Annual report on the lock hospitals of the Madras Presidency
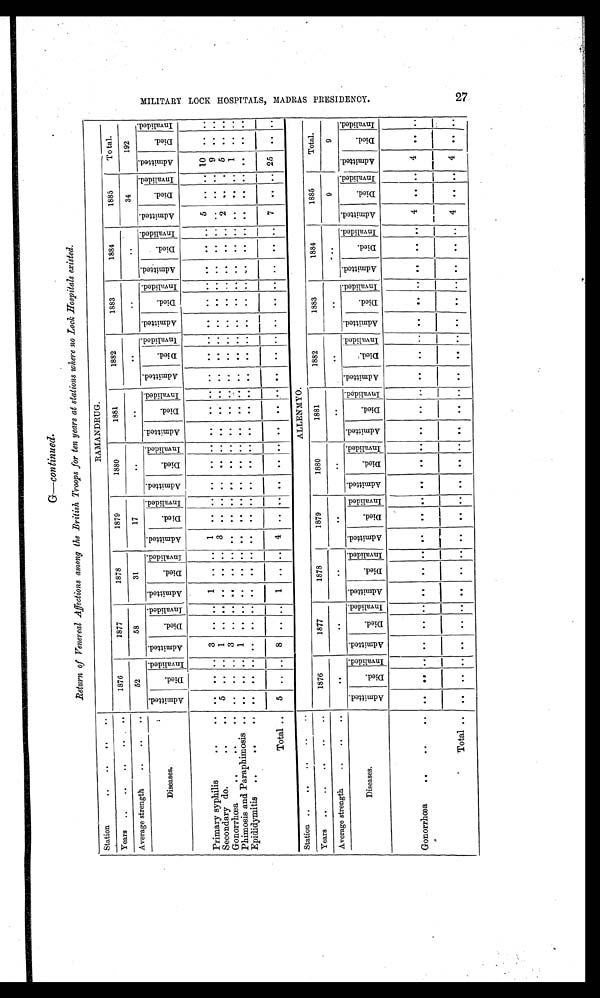
.Return of Venereal Affections among the British Troops for ten years at stations where no Lock Hospitals existed.
Station
..
. .
. .
. .
RAMANDRUG.
Years
..
. .
. .
. .
1876
1877
1878
1879
1880
1881
1882
1883
1884
1885
Total.
Average strength ..
. .
52
58
31
17
..
. .
. .
. .
. .
34
192
Diseases.
A d m i t t e s d . Di ed.
I nval i ded. A d m i t t e d .
D i e d .
I n v a l i e d . A d m i t t e d .
D i e d .
I n v a l i d e d . A d m i t t e d .
D i e d .
I n v a l i d e d . A d m i t t e d .
D i e d .
I n v a l i d e d . A d m i t t e d .
D i e d .
I n v a l i d e d . A d m i t t e d .
D i e d .
I n v a l i d e d . A d m i i t t e d .
D i e d .
I n v a l i d e d . A d m i t t e d .
D i e d .
I n v a l i d e d . A d m i t t e d .
D i e d .
I N v a l i d e d . A d m i t t e d .
D i e d .
i n v a l i d e d .
Primary syphilis
. .
. . . . .. .. 3 . . . . 1 .. .. 1 . . .. . .
. . . . . . .. . . . . . . . . . . .. .. . . .. .. 5 . . . . 10 . . . .
Secondary do.
..
. . 5 .. .. 1 . . . . . . . . . . 3 . . ... . .
. . . . . . . .. . . . . . . . . . . .. .. . . .. .. .. . . . . 9 . . . .
Gonorrhoea
..
..
. . . . .. .. 3 . . . . . . . . . . . . . . .. . .
. . . . . . .. . . . .
. . . . . . .. .. . .
. . .. 2 . . . . 5 . . . .
Phimosis and Paraphimosis . . . . . .. .. 1 . . . . . . . . . . . . . . .. . .
. . . . . . .. . . . . .. . . . . .. .. . . .. .. .. . . . . 1 . . . .
Epididymitis ..
..
. . . . .. .. . .
. . . . . . . . . . . . . . . .. . .
. . . . . . .. . . . . . . . . . . . .. .. . . .. .. .. . . . . . . . . . .
Total .. 5 .. .. 8 . . .. 1 . . . . 4 . .
..
. .
. .
. .
. . ..
. . . .
.. . . . . .. .. . . .. .. 7 . . . . 2 5 . .
. .
Station
. .
. .
. .
. .
. .
ALLENMYO.
Years .. .. .. .. ..
1976
1877
1878
1879
1880
1881
1882
1883
1884
1885
Total.
Average strength .. ..
. . . .
. .
..
. .
..
. .
. .
. .
. .
. .
9
9
Diseases.
A d m i t t e d .
Di ed.
I n v a l i d e d . A d m i t t e d .
D i e d .
I n v a l i d e d . A d m i t t e d .
D i e e d .
I n v a l i d e d . A d m i t t e d .
D i e d .
I n v a l i d e d . A d m i t t e d .
D i e d .
I n v a l i d e d . A d m i t t e d .
Di e d .
I n v a l i d e d . A d m i t t d e d .
Di ed. .
I n v a l i d e d . A d m i t t e d .
D i e d
I n c a l i d e d . A d m i t t e d .
D i e d .
I n v a l i d e d . A d m i t t e d .
Di ed.
I n v a l i d e d . A d m i t t e d .
D i e d . I n v a l i d e d .
Gonorrhoea
..
.. ..
. . .. . . . . . . . . . . . . . . . . . . .. . .
. . . . . . .. . . . . . . . . . . .. .. . . .. .. 4 .. . . 4 . .
. .
Total .. .. .. . . . .
. . . . . . . . . . . . . . .. . .
. . . .
. . .. . . . . .. . . . . .. .. . . .. .. 4 .. . . 4 . . . .
M I L I T A R Y L O C K H J O S P I T A L S , M A D R A S P R E S I D E N O Y .